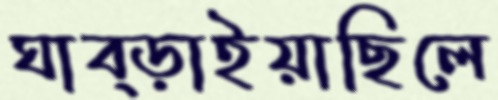
ঘাব্‌ড়াইয়াছিলে